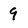
Character: 9